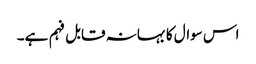
اس سوال کا بہانہ قابل فہم ہے۔